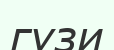
гузи